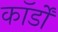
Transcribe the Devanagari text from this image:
कॉर्डों